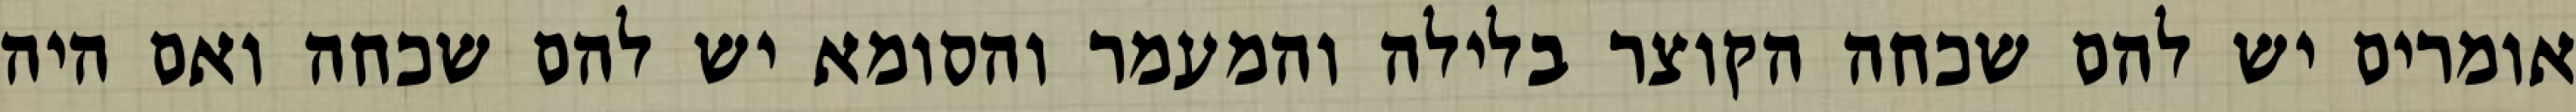
אומרים יש להם שכחה הקוצר בלילה והמעמר והסומא יש להם שכחה ואם היה